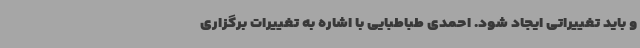
و باید تغییراتی ایجاد شود. احمدی طباطبایی با اشاره به تغییرات برگزاری